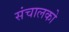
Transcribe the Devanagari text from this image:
संचालको